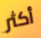
أكثر